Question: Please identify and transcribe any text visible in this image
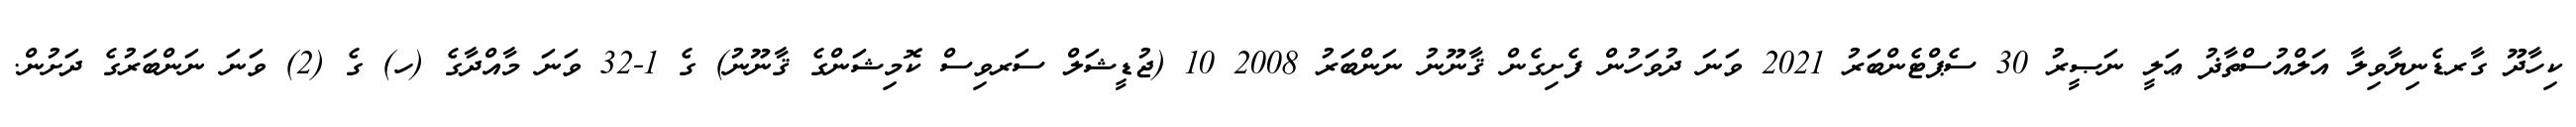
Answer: ކިހާދޫ ގާރޑެނިޔާވިލާ އަލްއުސްތާޛު ޢަލީ ނަޞީރު 30 ސެޕްޓެންބަރު 2021 ވަނަ ދުވަހުން ފެށިގެން ޤާނޫނު ނަންބަރު 2008 10 (ޖުޑީޝަލް ސަރވިސް ކޮމިޝަންގެ ޤާނޫނު) ގެ 1-32 ވަނަ މާއްދާގެ (ހ) ގެ (2) ވަނަ ނަންބަރުގެ ދަށުން.